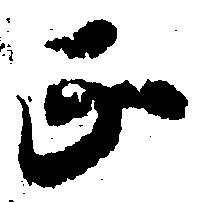
正